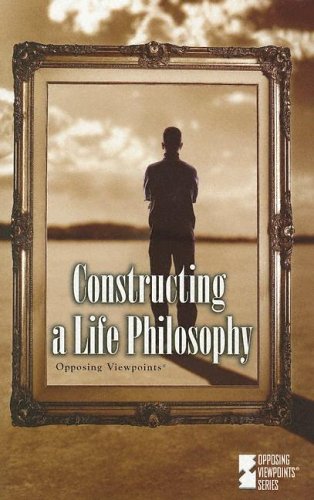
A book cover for Constructing a Life Philosophy (Opposing Viewpoints Series); Mary E. Williams; Teen & Young Adult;